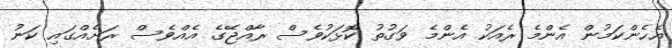
އެހެންކަމުން އެންމެ ރެއަކު އެންމެ ވަގުތު ކޮޅަކުވެސް ރާއްޖޭގެ އެއްވެސް ރަށެއްގައި ކަނު